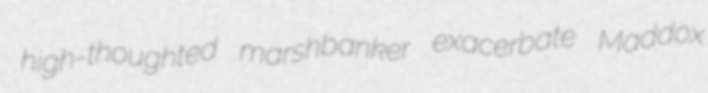
high-thoughted marshbanker exacerbate Maddox